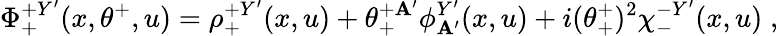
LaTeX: \Phi_{+}^{+Y^{\prime}}(x,\theta^{+},u)=\rho_{+}^{+Y^{\prime}}(x,u)+\theta_{+}^{+\mathbf{A}^{\prime}}\phi_{\mathbf{A}^{\prime}}^{Y^{\prime}}(x,u)+i(\theta_{+}^{+})^{2}\chi_{-}^{-Y^{\prime}}(x,u)\; ,